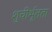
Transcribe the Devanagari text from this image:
शुचीर्भूतता